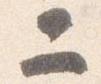
二